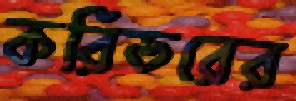
করিডরের